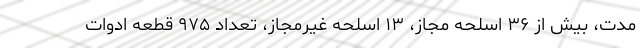
مدت، بیش از ۳۶ اسلحه مجاز، ۱۳ اسلحه غیرمجاز، تعداد ۹۷۵ قطعه ادوات